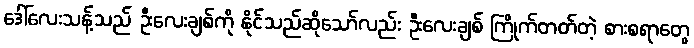
ဒေါ်လေးသန့်သည် ဦးလေးချစ်ကို နိုင်သည်ဆိုသော်လည်း ဦးလေးချစ် ကြိုက်တတ်တဲ့ စားစရာတွေ